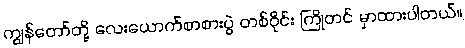
ကျွန်တော်တို့ လေးယောက်စာစားပွဲ တစ်ဝိုင်း ကြိုတင် မှာထားပါတယ်။